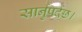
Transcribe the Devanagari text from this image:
सार्नुपर्दछ।